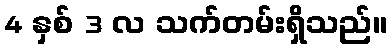
4 နှစ် 3 လ သက်တမ်းရှိသည်။